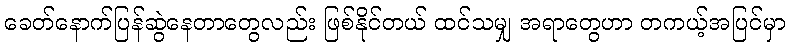
ခေတ်နောက်ပြန်ဆွဲနေတာတွေလည်း ဖြစ်နိုင်တယ် ထင်သမျှ အရာတွေဟာ တကယ့်အပြင်မှာ